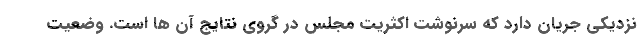
نزدیکی جریان دارد که سرنوشت اکثریت مجلس در گروی نتایج آن ها است. وضعیت